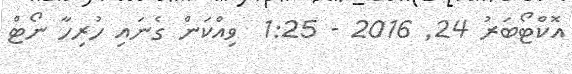
އޮކްޓޯބަރު 24